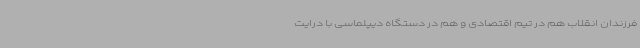
فرزندان انقلاب هم در تیم اقتصادی و هم در دستگاه دیپلماسی با درایت